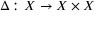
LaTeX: \Delta \colon X \to X \times X